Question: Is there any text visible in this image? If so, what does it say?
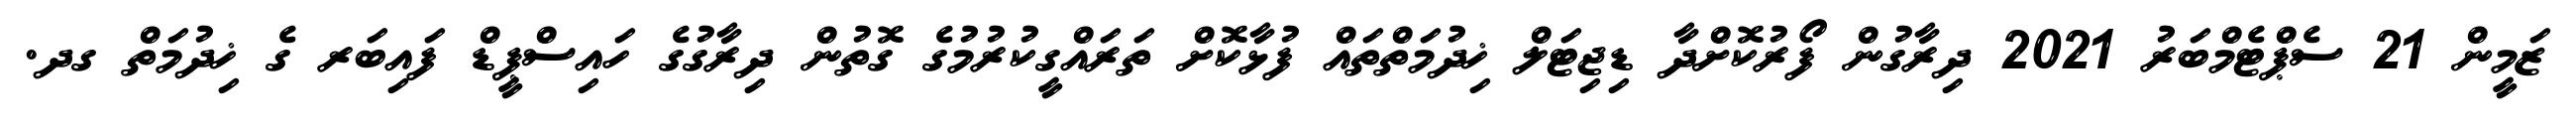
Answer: ޒަމީން 21 ސެޕްޓެމްބަރު 2021 ދިރާގުން ފޯރުކޮށްދާ ޑިޖިޓަލް ޚިދުމަތްތައް ފުޅާކޮށް ތަރައްގީކުރުމުގެ ގޮތުން ދިރާގުގެ ހައިސްޕީޑް ފައިބަރ ގެ ޚިދުމަތް ގދ.